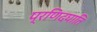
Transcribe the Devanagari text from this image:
प्रणिदघाति